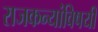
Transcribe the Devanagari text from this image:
राजकन्यांविषयी